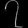
Digit: ၇